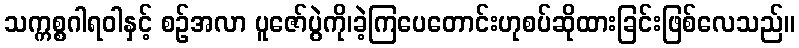
သက္ကစ္စဂါရဝါနှင့် စဉ်အလာ ပူဇော်ပွဲကို၊ခဲ့ကြပေတောင်းဟုစပ်ဆိုထားခြင်းဖြစ်လေသည်။